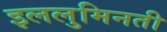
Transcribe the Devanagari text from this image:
इललुमिनती